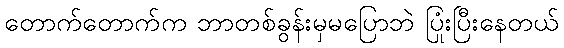
တောက်တောက်က ဘာတစ်ခွန်းမှမပြောဘဲ ပြုံးပြီးနေတယ်